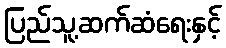
ပြည်သူ့ဆက်ဆံရေးနှင့်